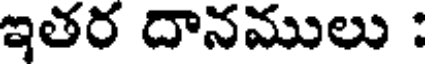
ఇతర దానములు :